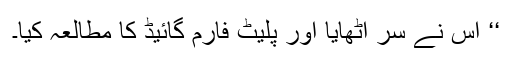
‘‘ اس نے سر اٹھایا اور پلیٹ فارم گائیڈ کا مطالعہ کیا۔